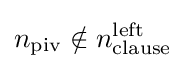
n_{\text{piv}}\notin n_{\text{clause}}^{\text{left}}